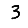
Digit: 3